Report on horse surra - Volume II, Part II
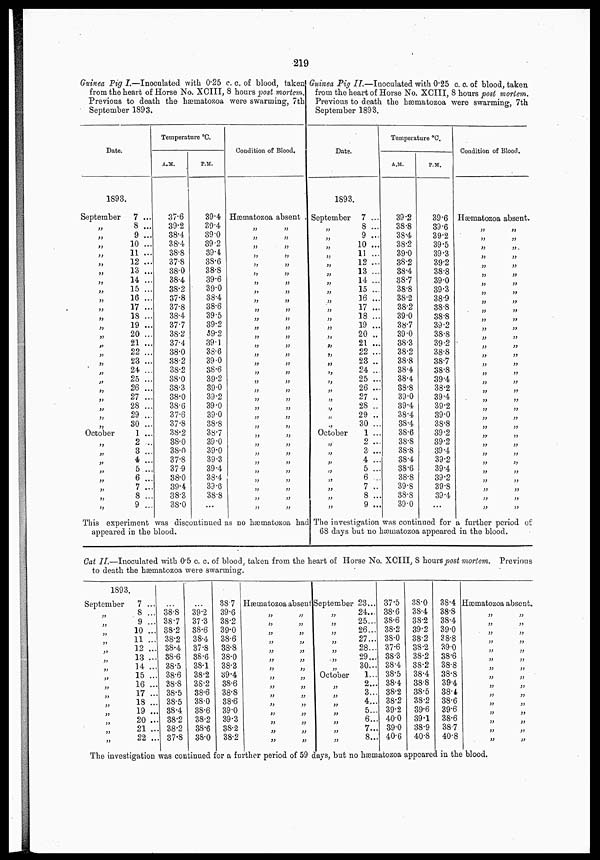
219
Guinea Pig I.—Inoculated with 0.25 c. c. of blood, taken
from the heart of Horse No. XCIII, 8 hours post mortem.
Previous to death the hæmatozoa were swarming, 7th
September 1893.
Date.
1893.
September
„
„
„
„
„
„
„
„
„
„
„
„
„
„
„
„
„
„
„
„
„
„
„
October
„
„
„
„
„
„
„
„
7 ...
8 ...
9 ...
10 ...
11 ...
12 ...
13 ...
14 ...
15 ...
16 ...
17 ...
18 ...
19 ...
20 ...
21 ...
22 ...
23 ...
24 ...
25 ...
26 ...
27 ...
28 ...
29 ...
30 ...
1 ...
2 ...
3 ...
4 ...
5 ...
6 ...
7 ...
8 ...
9 ...
Temperature °C.
A.M.
37.6
39.2
38.4
38.4
38.8
37.8
38.0
38.4
38.2
37.8
37.8
38.4
37.7
38.2
37.4
38.0
38.2
38.2
38.0
38.3
38.0
38.6
37.6
37.8
38.2
38.0
38.0
37.8
37.9
38.0
39.4
38.3
38.0
P.M.
39.4
39.4
39.0
39.2
39.4
38.6
38.8
39.6
39.0
38.4
38.6
39.5
39.2
59.2
39.1
38.6
39.0
38.6
39.2
39.0
39.2
39.0
39.0
38.8
38.7
39.0
39.0
39.3
39.4
38.4
39.6
38.8
...
Condition of Blood.
Hæmatozoa absent .
„ „
„ „
„ „
„ „
„ „
„ „
„ „
„ „
„ „
„ „
„ „
„ „
„ „
„ „
„ „
„ „
„ „
„ „
,„ „
„ „
„ „
„ „
„ „
„ „
„
„
„ „
„ „
„ „
„ „
„ „
„ „
„ „
This experiment was discontinued as no hæmatozoa had
appeared in the blood.
Guinea Pig II.—Inoculated with 0.25 c. c. of blood, taken
from the heart of Horse No. XCIII, 8 hours post mortem.
Previous to death the hæmatozoa were swarming, 7th
September 1893.
Date.
1893.
September
„
„
„
„
„
„
„
„
„
„
„
„
„
„
„
„
„
„
„
„
„
„
„
October
„
„
„
„
„
„
„
„
7 ...
8 ...
9 ...
10 ...
11 ...
12 ...
13 ...
14 ...
15 ...
16 ...
17 ...
18 ...
19 ...
20 ..
21 ...
22 ...
23 ..
24 ...
25 ...
26 ...
27 ..
28 ..
29 ..
30 ...
1 ...
2 ...
3
...
4 ...
5 ...
6 ...
7 ..
8 ...
9 ...
Temperature °C.
A.M.
39.2
38.8
38.4
38.2
39.0
38.2
38.4
38.7
38.8
38.2
38.2
39.0
38.7
39.0
38.3
38.2
38.8
38.4
38.4
38.8
39.0
39.4
38.4
38.4
38.6
38.8
38.8
38.4
38.6
38.8
39.8
38.8
39.0
P.M.
39.6
39.6
39.2
39.5
39.3
39.2
38.8
39.0
39.3
38.9
38.8
38.8
39.2
38.8
39.2
38.8
38.7
38.8
39.4
38.2
39.4
39.2
39.0
38.8
39.2
39.2
39.4
39.2
39.4
39.2
39.8
39.4
...
Condition of Blood.
Hæmatozoa absent.
„ „
„ „
„ „
„
„
„
„
„
„
„
„
„
„
„
„
„
„
„
„
„
„
„
„
„
„
„
„
„ „
„„
„
„
„
„
„
„
„
„
„
„
„
„
„
„
„
„
„
„
„
„
„
„
„
„
„
„
„
„
„
„
The investigation was continued for a further period of
68 days but no hæmatozoa appeared in the blood.
Cat II.—Inoculated with 0.5 c. c. of blood, taken from the heart of Horse No. XCIII, 8 hours post mortem. Previous
to death the hæmatozoa were swarming.
1893.
September
„
„
„
„
„
„
„
„
„
„
„
„
„
„
„
7 ...
8 ...
9 ...
10 ...
11 ...
12 ...
13 ...
14 ...
15 ...
16 ...
17 ...
18 ...
19 ...
20 ...
21 ..
22 ...
...
38.8
38.7
38.2
38.2
38.4
38.6
38.5
38.6
38.8
38.5
38.5
38.4
38.2
38.2
37.8
...
39.2
37.3
38.6
38.4
37.8
38.6
38.1
38.2
38.2
38.6
38.0
38.6
38.2
38.6
38.0
38.7
39.6
38.2
39.0
38.6
38.8
38.0
38.3
39.4
38.6
38.8
38.6
39.0
39.3
38.2
38.2
Hæmatozoa absent
„
„
„
„
„
„
„
„
„
„
„
„
„
„
„
„
„ „
„
„
„
„
„
„
„
„
„
„
„
„
September
„
„
„
„
„
„
„
October
„
„
„
„
„
„
„
23...
24...
25...
26...
27...
28...
29...
30...
1...
2...
3...
4...
5...
6...
7...
8...
37.5
38.6
38.6
38.2
38.0
37.6
38.3
38.4
38.5
38.4
38.2
38.2
39.2
40.0
39.0
40.6
38.0
38.4
38.2
39.2
38.2
38.2
38.2
38.2
38.4
38.8
38.5
38.2
39.6
39.1
38.9
40.8
38.4
38.8
38.4
39.0
38.8
39.0
38.6
38.8
38.8
39.4
38.4
38.6
39.6
38.6
38.7
40.8
Hæmatozoa absent.
„
„
„
„
„
„
„
„
„
„
„
„
„
„
„
„
„
„
„
„
„
„
„
„
„
„
„
„
„
„
The investigation was continued for a further period of 59 days, but no hæmatozoa appeared in the blood.